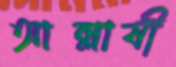
আল্লাযী